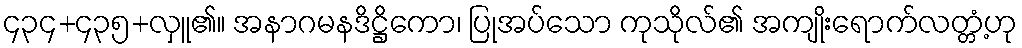
၄၃၄+၄၃၅+လှူ၏။ အနာဂမနဒိဋ္ဌိကော၊ ပြုအပ်သော ကုသိုလ်၏ အကျိုးရောက်လတ္တံ့ဟု